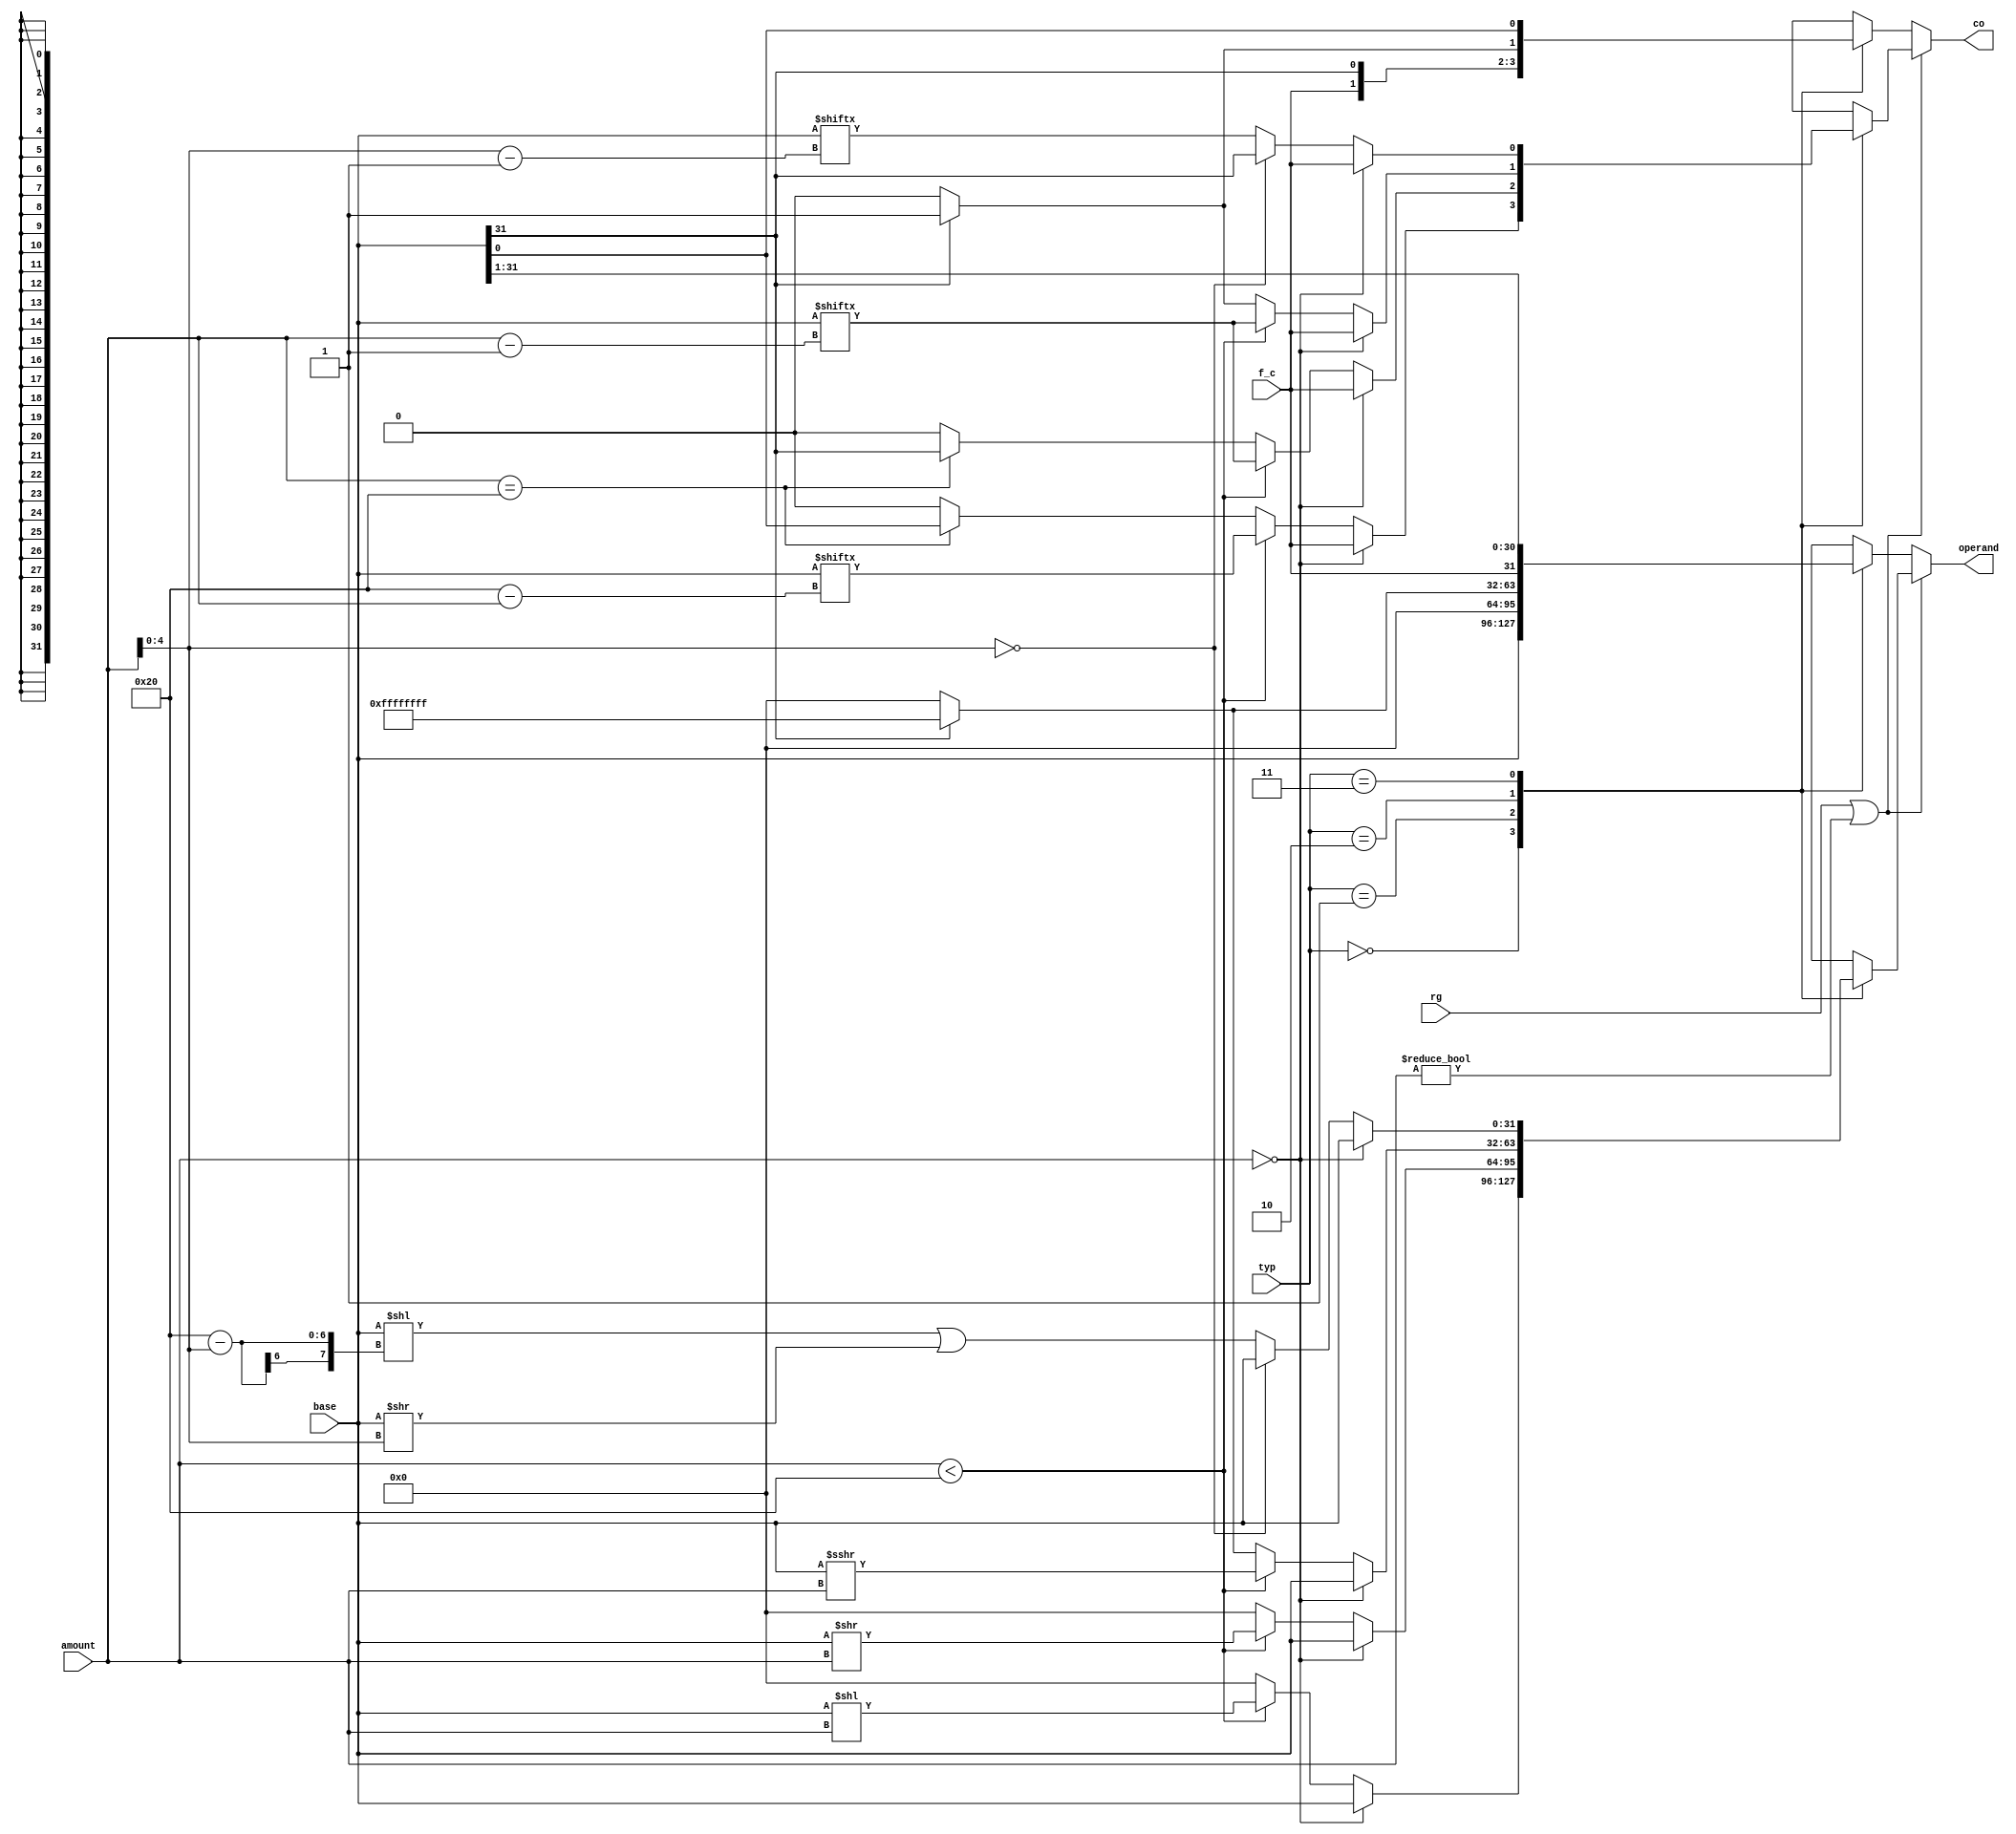
module shifter(
	input [31:0]base,
	input [7:0]amount,
	input rg,
	input f_c,
	input [1:0]typ,
	output reg [31:0]operand,
	output reg co
);

task rotate;
input [31:0]a;
input [4:0]b;
output [31:0]o;
begin
	o = (a << (8'd32 - b)) | (a >> b); 
end
endtask

always @(*) begin
if(rg || amount != 8'h0) begin
	case (typ)
		2'b00: begin
			if(amount == 8'h0) begin
				operand = base;
				co = f_c;
			end else if (amount < 8'd32) begin
				operand = base << amount;
				co = base[8'd32 - amount];
			end else if(amount == 8'd32) begin
				operand = 32'h0;
				co = base[0];
			end else begin
				operand = 32'h0;
				co = 1'b0;
			end
		end
		2'b01: begin
			if(amount == 8'h0) begin
				operand = base;
				co = f_c;
			end else if(amount < 8'd32) begin
				operand = base >> amount;
				co = base[amount - 8'd1];
			end else if(amount == 8'd32) begin
				operand = 32'h0;
				co = base[31];
			end else begin
				operand = 32'h0;
				co = 1'b0;
			end
		end
		2'b10: begin
			if(amount == 8'h0) begin
				operand = base;
				co = f_c;
			end else if(amount < 8'd32) begin
				operand = $signed(base) >>> amount;
				co = base[amount - 8'd1];
			end else begin
				if(base[31] == 1'b0) begin
					operand = 32'h0;
					co = 1'b0;
				end else begin
					operand = 32'hffffffff;
					co = 1'b1;
				end
			end
		end
		2'b11: begin
			if(amount == 8'h0) begin
				operand = base;
				co = f_c;
			end else if(amount[4:0] == 5'h0) begin
				operand = base;
				co = base[31];
			end else begin
				rotate(base, amount[4:0], operand);
				co = base[amount[4:0] - 5'd1];
			end
		end
	endcase
end else begin
	case (typ)
		2'b00: begin
			operand = base;
			co = f_c;
		end
		2'b01: begin
			operand = 0;
			co = base[31];
		end
		2'b10: begin
			if(base[31] == 1'b0) begin
				operand = 32'h0;
				co = 1'b0;
			end else begin
				operand = 32'hffffffff;
				co = 1'b1;
			end
		end
		2'b11: begin
			operand = {f_c, base[31:1]};
			co = base[0];
		end
	endcase
end
end

endmodule